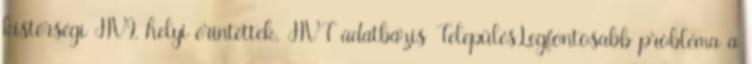
kistérségi HVI, helyi érintettek, HVT adatbázis TelepülésLegfontosabb probléma a